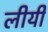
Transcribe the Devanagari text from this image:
लीयी